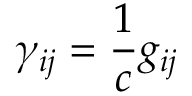
\gamma _ { i j } = \frac { 1 } { c } g _ { i j }